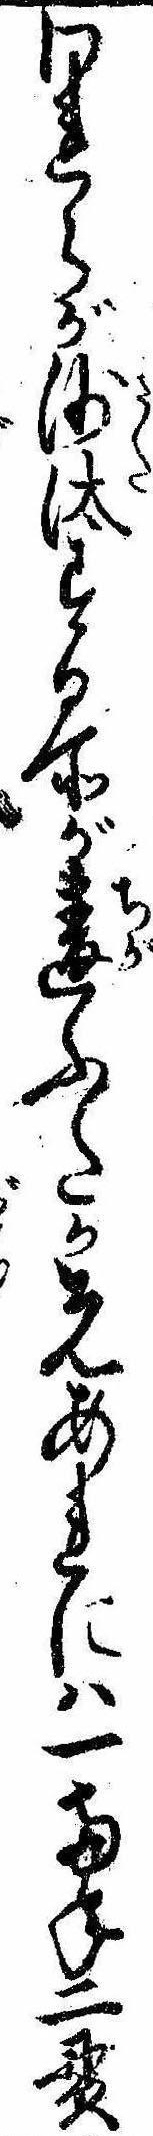
われらが沙汰する所が違ふたか先あれには一両年二貫